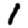
Digit: 1